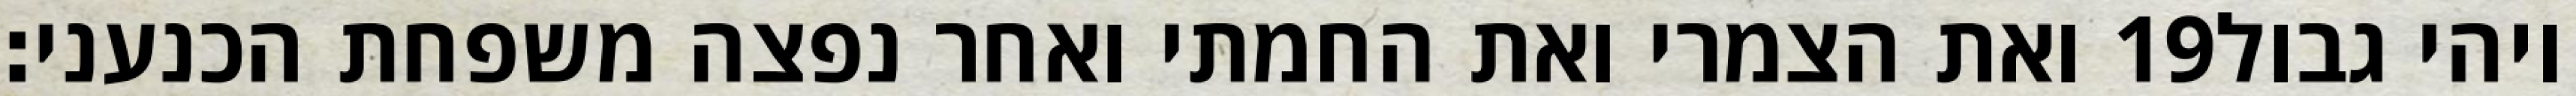
ואת הצמרי ואת החמתי ואחר נפצה משפחת הכנעני׃ ‎19‏ ויהי גבול